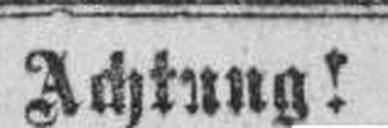
Achtung!